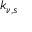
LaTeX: k _ { \nu , s }